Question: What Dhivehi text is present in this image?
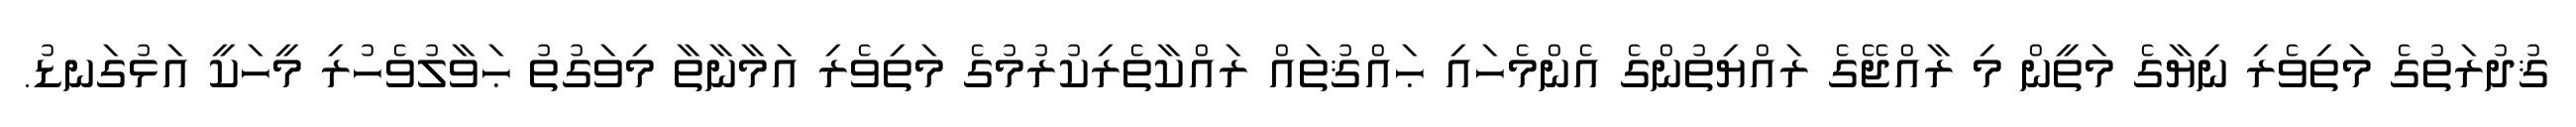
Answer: ޤުދުރަތުގެ މަތިވެރި ނިޔާގެ މަތީން މި ރާއްޖޭގެ ރައްޔިތުންގެ އެންމެހައި ޙައްޤުތައް ރައްކާތެރިކުރުމުގެ މަތިވެރި އަމާނާތާ މިވަގުތު ޙަވާލުވެހުރި މީހަކީ އަޅުގަނޑު.